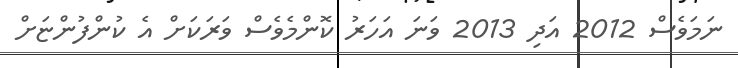
ނަމަވެސް 2012 އަދި 2013 ވަނަ އަހަރު ކޮންމެވެސް ވަރަކަށް އެ ކުންފުންޏަށް